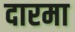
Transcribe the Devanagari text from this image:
दारमा